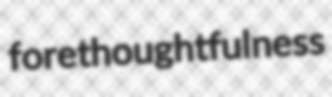
forethoughtfulness